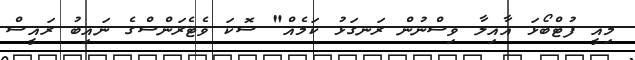
މިއީ ފުޓްބޯޅަ އާއިލާ ވިސްނުން ރަނގަޅު ކަމެއް" ސޮކަ ވެޓެރަންސްގެ ނައިބު ރައީސް